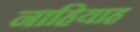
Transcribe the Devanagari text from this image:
नाहियाह